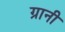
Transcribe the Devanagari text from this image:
ग्रानी